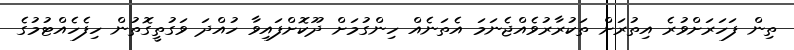
ތިން ފަހަރަށްވުރެ އިތުރަށް ތަކުރާރުވެއްޖެނަމަ އެތަނެއް ހިންގުމަށް ދޫކޮށްފައިވާ ހުއްދަ ވަގުތީގޮތުން ހިފެހެއްޓުމުގެ